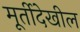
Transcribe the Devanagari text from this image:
मूर्तीदेखील